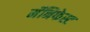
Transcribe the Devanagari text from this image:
मॅनिफेस्ट